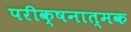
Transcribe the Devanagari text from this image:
परीक्षनात्मक